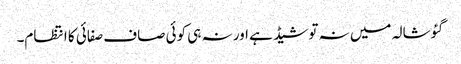
گئوشالہ میں نہ تو شیڈ ہے اور نہ ہی کوئی صاف صفائی کا انتظام۔